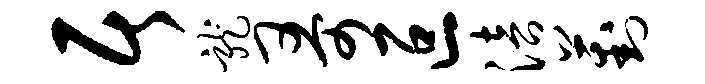
居龙哥叵涪葑